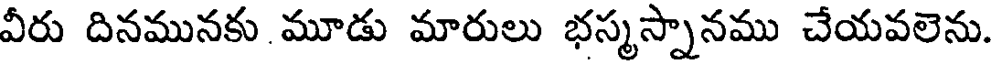
వీరు దినమునకు మూడు మారులు భస్మస్నానము చేయవలెను.